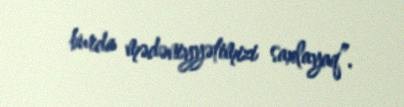
burda mədəniyyətimizi saxlayaq”.